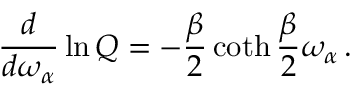
{ \frac { d } { d \omega _ { \alpha } } } \ln Q = - { \frac { \beta } { 2 } } \coth { \frac { \beta } { 2 } } \omega _ { \alpha } \, .